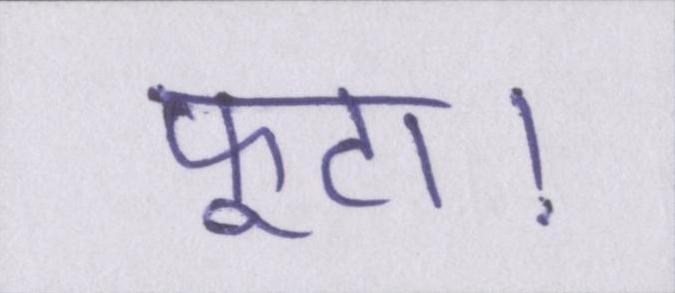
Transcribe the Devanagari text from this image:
फूटा।